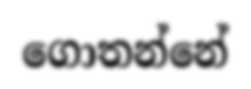
ගොතන්නේ